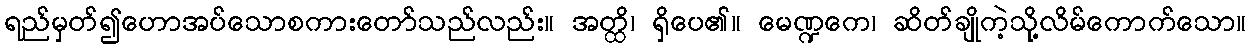
ရည်မှတ်၍ဟောအပ်သောစကားတော်သည်လည်း။ အတ္ထိ၊ ရှိပေ၏။ မေဏ္ဍကေ၊ ဆိတ်ချိုကဲ့သို့လိမ်ကောက်သော။